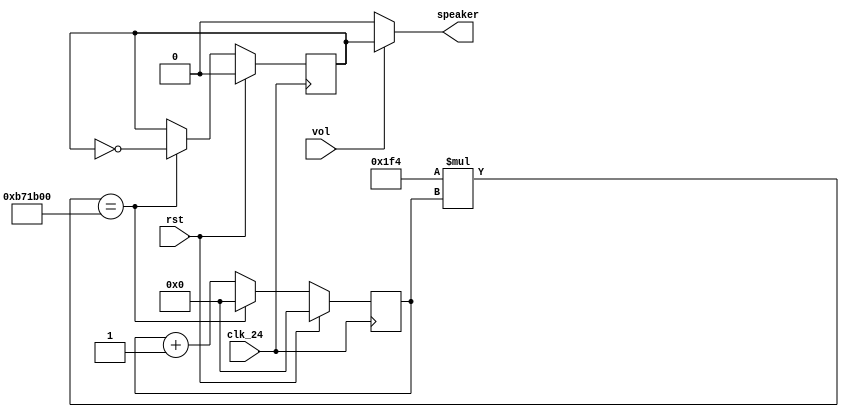
/*
Tang Nano Projects
Copyright (C) 2020  Louis Whitburn

This program is free software; you can redistribute it and/or modify
it under the terms of the GNU General Public License as published by
the Free Software Foundation; either version 2 of the License, or
(at your option) any later version.

This program is distributed in the hope that it will be useful,
but WITHOUT ANY WARRANTY; without even the implied warranty of
MERCHANTABILITY or FITNESS FOR A PARTICULAR PURPOSE.  See the
GNU General Public License for more details.

You should have received a copy of the GNU General Public License along
with this program; if not, write to the Free Software Foundation, Inc.,
51 Franklin Street, Fifth Floor, Boston, MA 02110-1301 USA. 
*/

module audio(clk_24, rst, vol, speaker);
    //Default frequency of 500Hz
    parameter FREQ = 500;
    
    //24MHz clock
    input clk_24;

    //Reset
    input rst;

    //Whether to play audio or not
    input vol;

    //The speaker output
    output speaker;

    //The clock feequency reduced to FREQ
    reg down_freq = 0;

    //A counter for frequency conversion
    reg [23:0] count = 0;

    //Output 1KHz or nothing
    assign speaker = vol ? down_freq : 0;

    always @(posedge clk_24)
    begin
        //Increment here to avoid resetting issues when nonblocking
        count <= count + 1;
        //Simple clock divider - 50% duty cycle, square wave - sound wonderful...
        //Uses multiplication - FREQ must divide half the input clock frequency (24MHz)
        if (FREQ * count == 12_000_000)
        begin
            count <= 0;
            down_freq <= ~down_freq;
        end

        if (rst)
        begin
            count <= 0;
            down_freq <= 0;
        end
    end
endmodule